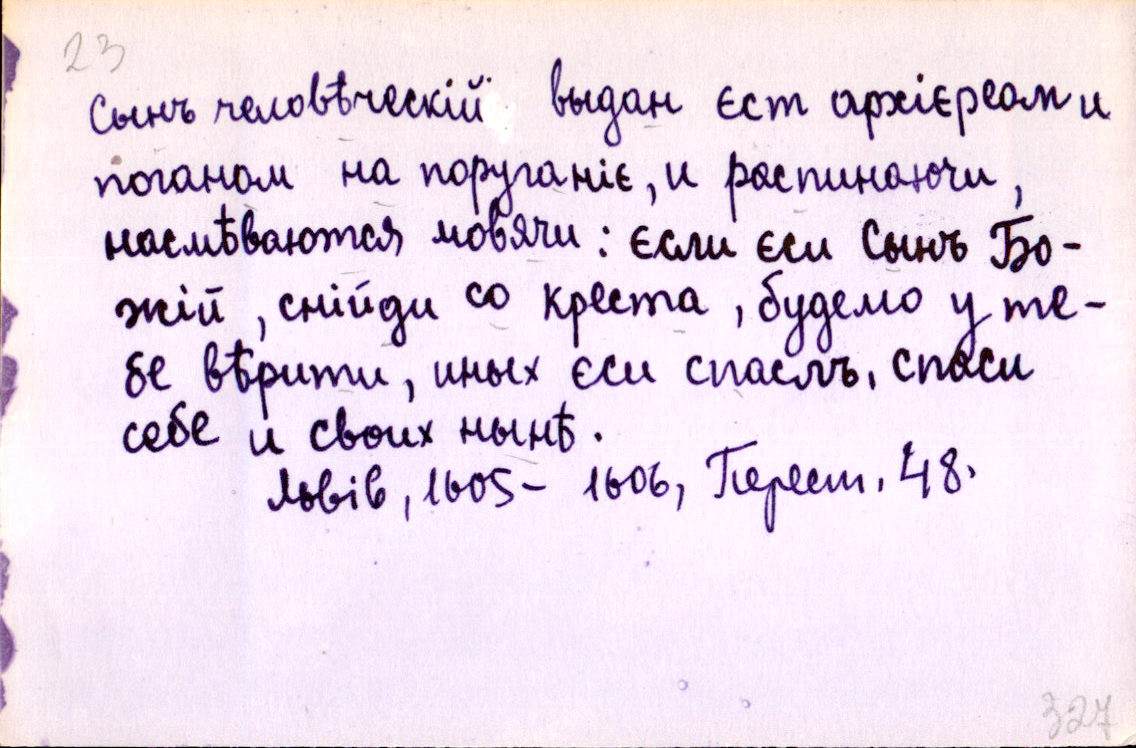
Сынъ человѣческій выдан єст архієреом и
поганом на поруганіє, и распинаючи,
насмѣваются мовячи: єсли єси Сынъ Бо-
жій, снійди со креста, будемо у те-
бе вѣрити, иныхъ єси спаслъ, спаси
себе и своих нынѣ.
Львів, 1605-1606, Перест. 48.